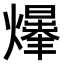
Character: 𤑥